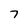
Character: 7